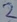
Text: 2